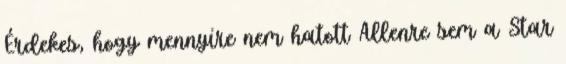
Érdekes, hogy mennyire nem hatott Allenre sem a Star